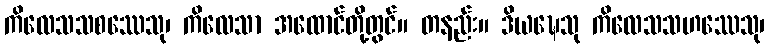
ကိလေသသစဿေသု၊ ကိလေသာ အထောင်တို့တွင်။ တနည်း။ ဒိယဍ္ဎေသု ကိလေသသဟဿေသု၊